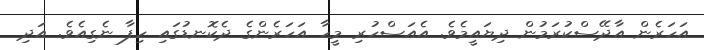
އަހަރެން އާދޭސްކުރަމުން ދިޔައީމެވެ. އެއަސްހުރި މީހާ އަހަރެންގެ ދެކޮނޑުގައި ހިފާ ނެގިއެވެ. އަދި